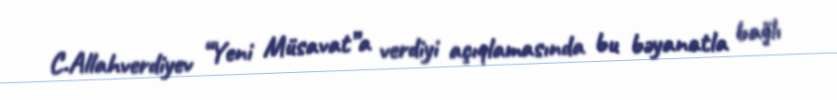
C.Allahverdiyev “Yeni Müsavat”a verdiyi açıqlamasında bu bəyanatla bağlı